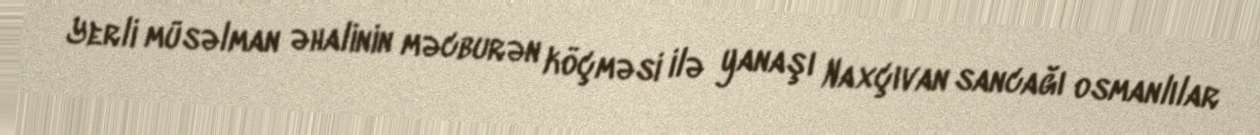
Yerli müsəlman əhalinin məcburən köçməsi ilə yanaşı Naxçıvan sancağı osmanlılar